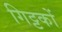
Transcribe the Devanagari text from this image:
गिट्टकों